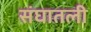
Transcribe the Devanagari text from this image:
संघातली